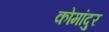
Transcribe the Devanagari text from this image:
कोमांदुर